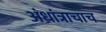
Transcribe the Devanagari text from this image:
अंधांत्राचाच